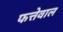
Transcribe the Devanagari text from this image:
फत्तेवाल